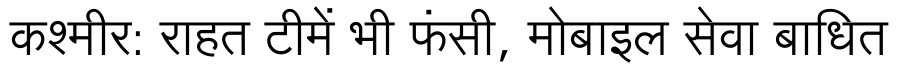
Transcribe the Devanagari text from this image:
कश्मीर: राहत टीमें भी फंसी, मोबाइल सेवा बाधित